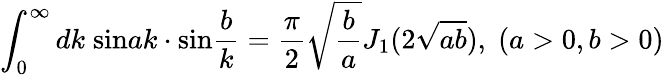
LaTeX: \int_{0}^{\infty}dk\; \mathrm{sin}ak\cdot\mathrm{sin}\frac{b}{k}=\frac{\pi}{2}\sqrt{\frac{b}{a}}J_{1}(2\sqrt{ab}),\; (a>0,b>0)